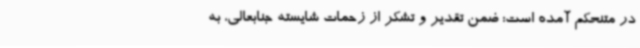
در متنحکم آمده است: ضمن تقدیر و تشکر از زحمات شایسته جنابعالی، به